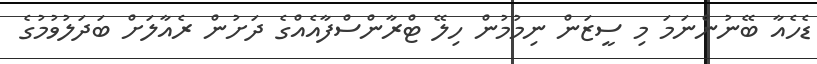
ޑެހެއާ ބޭނުންނަމަ މި ސީޒަން ނިމުމުން ހިލޭ ޓްރާންސްފާއެއްގެ ދަށުން ރެއާލަށް ބަދަލުވުމުގެ